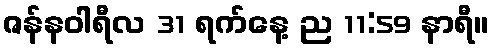
ဇန်နဝါရီလ 31 ရက်နေ့ ည 11:59 နာရီ။